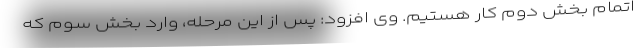
اتمام بخش دوم کار هستیم. وی افزود: پس از این مرحله، وارد بخش سوم که